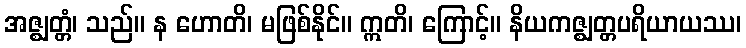
အဇ္ဈတ္တံ၊ သည်။ န ဟောတိ၊ မဖြစ်နိုင်။ ဣတိ၊ ကြောင့်။ နိယကဇ္ဈတ္တပရိယာယဿ၊